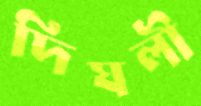
দিঘলী